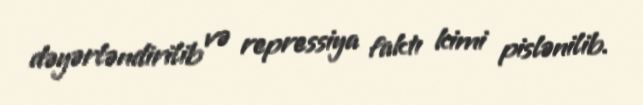
dəyərləndirilib və repressiya faktı kimi pislənilib.